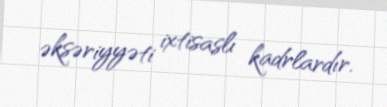
əksəriyyəti ixtisaslı kadrlardır.